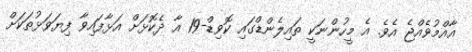
އާއްމުވެއްޖެ އެވެ. އެ މީހުންނަކީ ތައިލެންޑްގައި ކޮވިޑް-19 އާ ދެކޮޅަށް އަޅާފައިވާ ފިޔަވަޅުތަކަށް